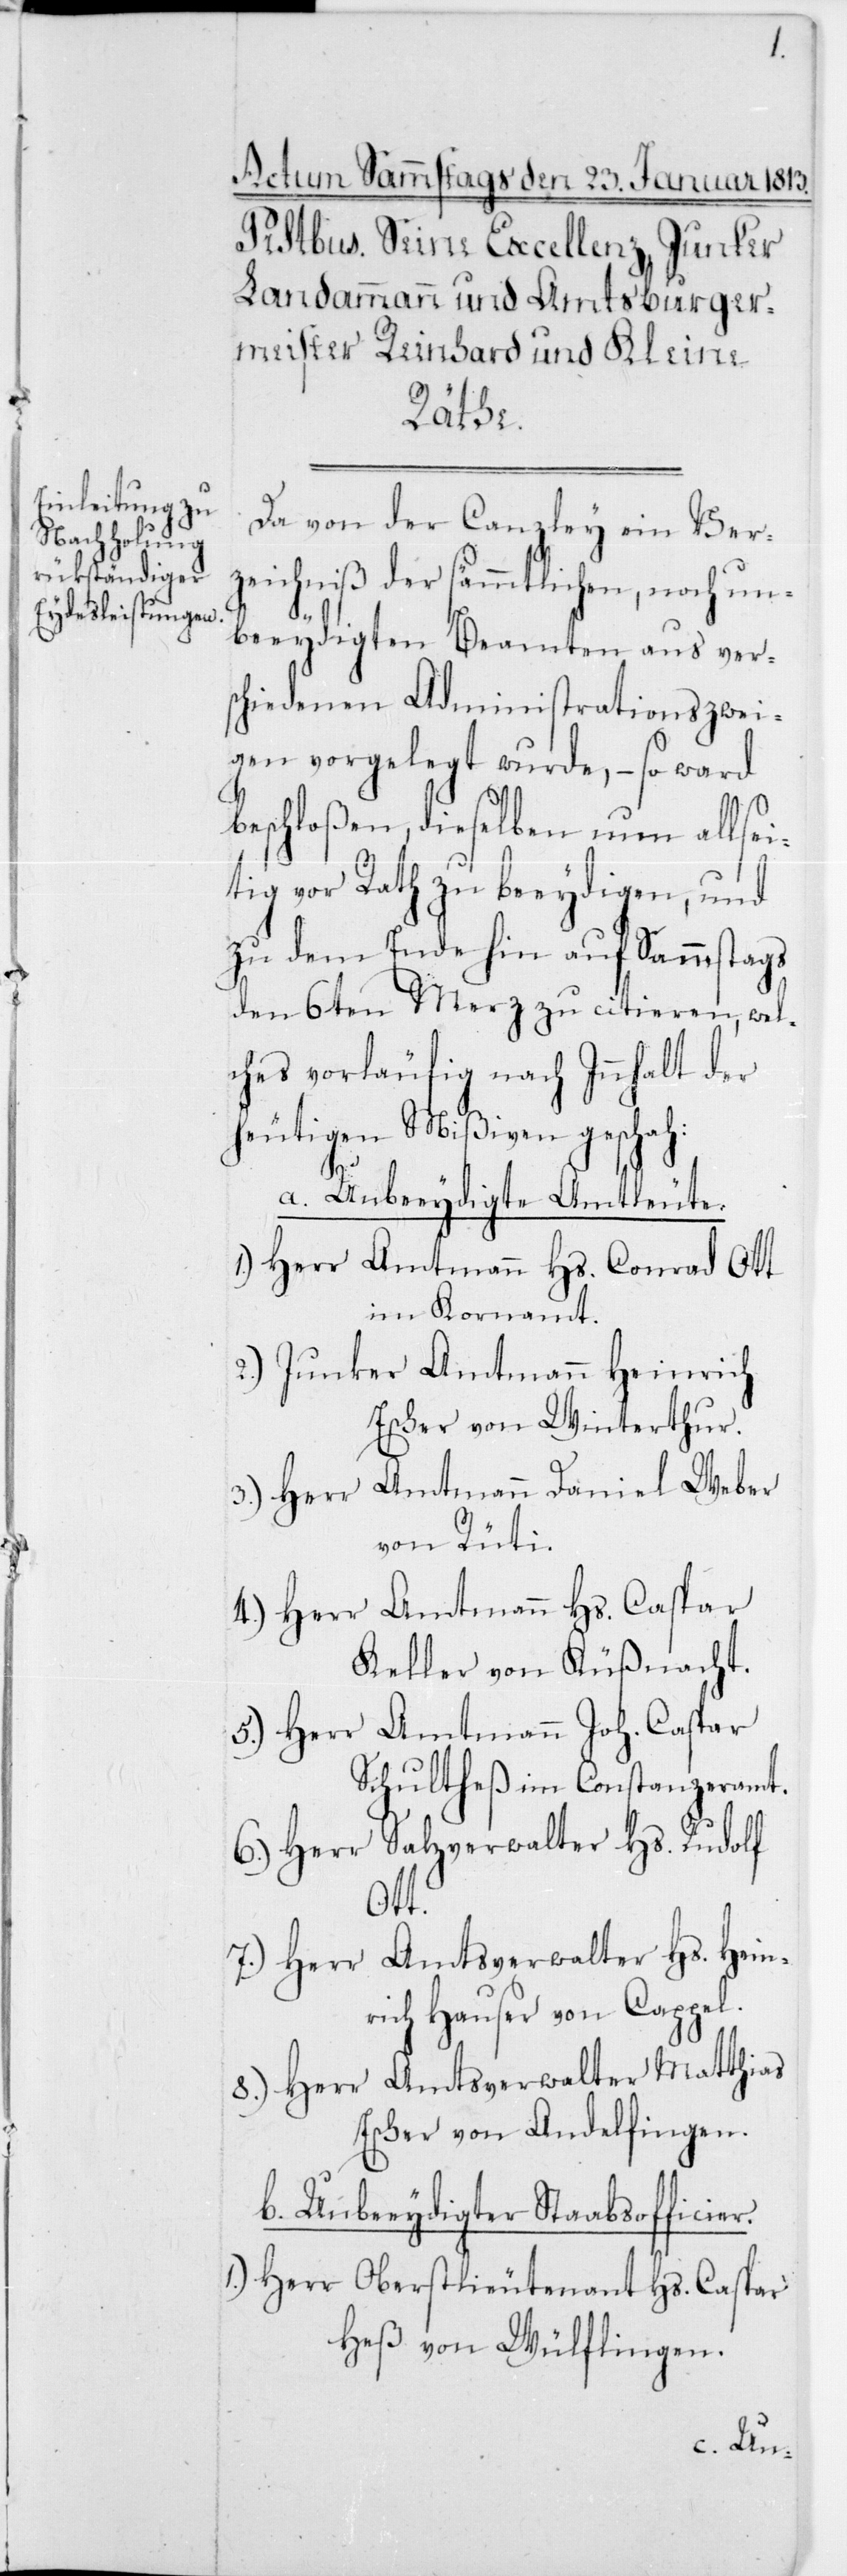
Da von der Canzley ein Ver¬
zeichniß der sämmtlichen, noch un¬
beeydigten Beamten aus ver¬
schiedenen Administrationszwei¬
gen vorgelegt wurde, – so ward
beschloßen, dieselben nun allsei¬
tig vor Rat zu beeydigen, und
zu dem Ende hin auf Sammstags
den 6ten Merz zu citieren, wel¬
ches vorläufig nach Inhalt der
heutigen Mißiven geschah:
a. Unbeeydigte Amtleute:
1.) Herr Amtmann Hs. Conrad Ott
im Kornamt.
2.) Junker Amtmann Heinrich
Escher von Winterthur.
3.) Herr Amtmann Daniel Weber
von Rüti.
4.) Herr Amtmann Hs. Caspar
Keller von Küßnacht.
5.) Herr Amtmann Joh. Caspar
Schultheß im Constanzeramt.
6) Herr Salzverwalter Hs. Rudolf
Ott.
7.) Herr Amtsverwalter Hs. Hein¬
rich Hauser von Cappel.
8.) Herr Amtsverwalter Matthias
Escher von Andelfingen.
b. Unbeeydigter Stabsofficier.
1.) Herr Oberstlieutenant Hs. Caspar
Heß von Wülflingen.